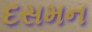
દસમન